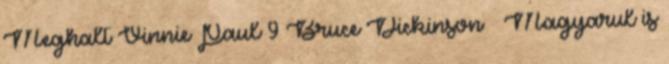
Meghalt Vinnie Paul 9 Bruce Dickinson – Magyarul is